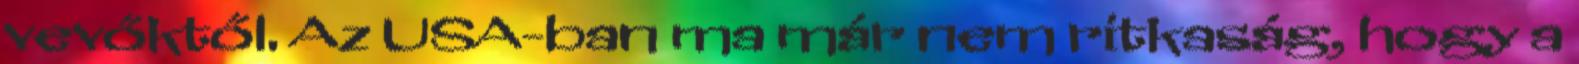
vevőktől. Az USA-ban ma már nem ritkaság, hogy a